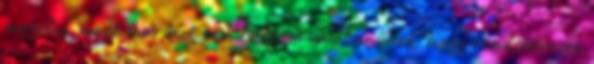
megélni, most már azt sem tartom valószínűnek, hogy rendszeresen